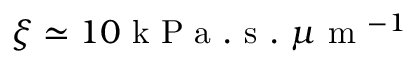
\xi \simeq 1 0 \mathrm { ~ k ~ P ~ a ~ . ~ s ~ . ~ } \mu \mathrm { ~ m ~ } ^ { - 1 }